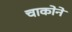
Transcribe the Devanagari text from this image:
चाकोने